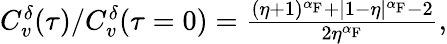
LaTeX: \begin{array}{r}{C_{v}^{\delta}(\tau)/C_{v}^{\delta}(\tau=0)=\frac{(\eta+1)^{\alpha_{\mathrm{F}}}+|1-\eta|^{\alpha_{\mathrm{F}}}-2}{2\eta^{\alpha_{\mathrm{F}}}},}\end{array}